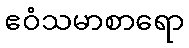
ဧဝံသမာစာရော